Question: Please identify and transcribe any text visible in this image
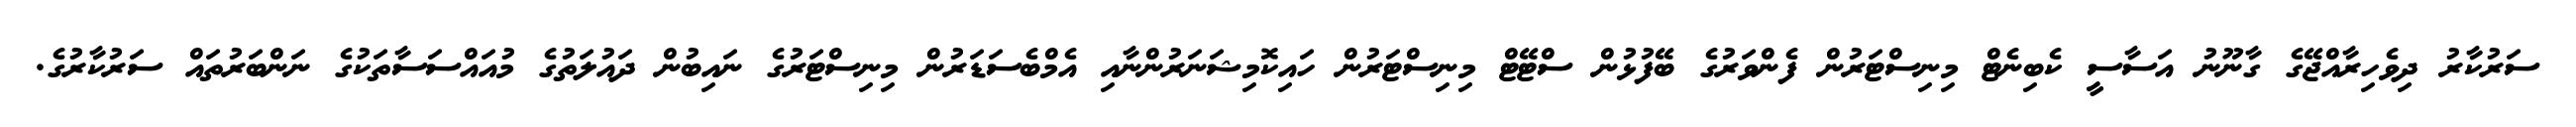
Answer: ސަރުކާރު ދިވެހިރާއްޖޭގެ ގާނޫނު އަސާސީ ކެބިނެޓް މިނިސްޓަރުން ފެންވަރުގެ ބޭފުޅުން ސްޓޭޓް މިނިސްޓަރުން ހައިކޮމިޝަނަރުންނާއި އެމްބެސަޑަރުން މިނިސްޓަރުގެ ނައިބުން ދައުލަތުގެ މުއައްސަސާތަކުގެ ނަންބަރުތައް ސަރުކާރުގެ.